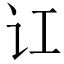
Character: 讧